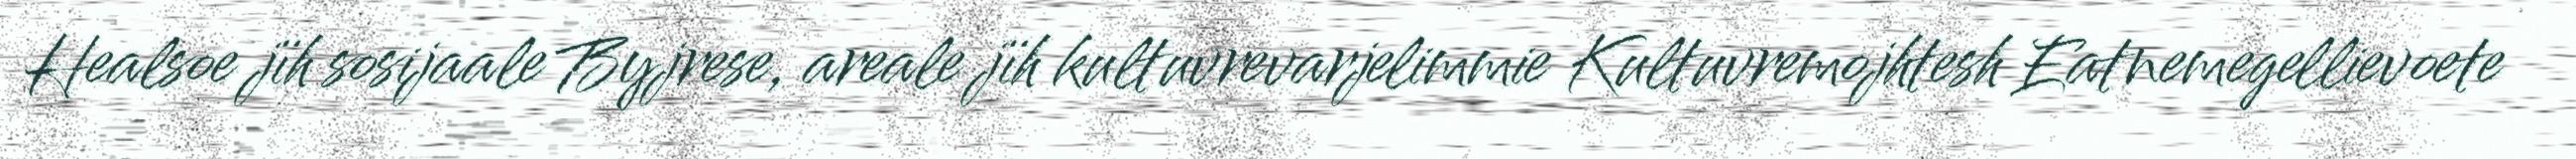
Healsoe jïh sosijaale Byjrese, areale jïh kultuvrevarjelimmie Kultuvremojhtesh Eatnemegellievoete